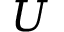
U